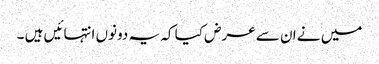
میں نے ان سے عرض کیا کہ یہ دونوں انتہائیں ہیں ۔